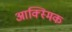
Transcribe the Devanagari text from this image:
आक्स्मिक